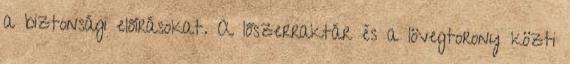
a biztonsági előírásokat. A lőszerraktár és a lövegtorony közti